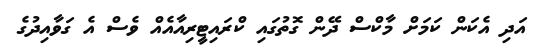
އަދި އެކަން ކަމަށް މާކްސް ދޭން ގޮތުގައި ކްރައިޓީރިއާއެއް ވެސް އެ ގަވާއިދުގެ